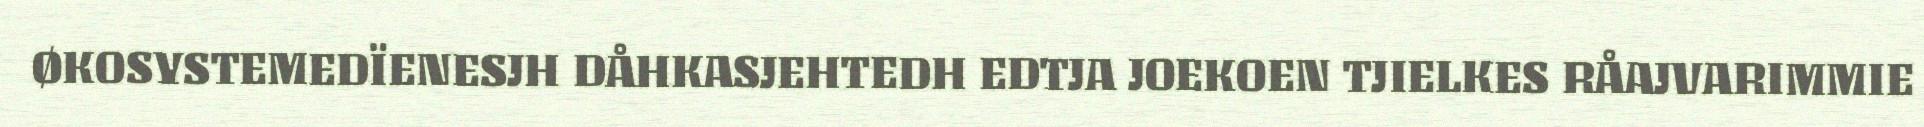
ØKOSYSTEMEDÏENESJH DÅHKASJEHTEDH EDTJA JOEKOEN TJIELKES RÅAJVARIMMIE